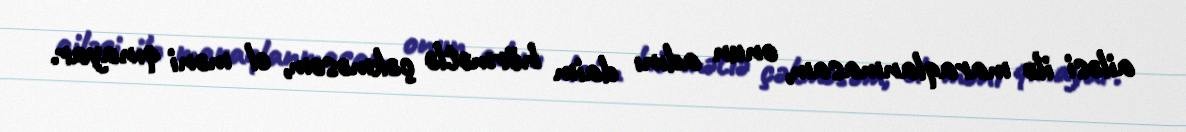
ailəsi ilə maraqlanmasam, onun adını daim hörmətlə çəkməsəm, el məni qınayar.